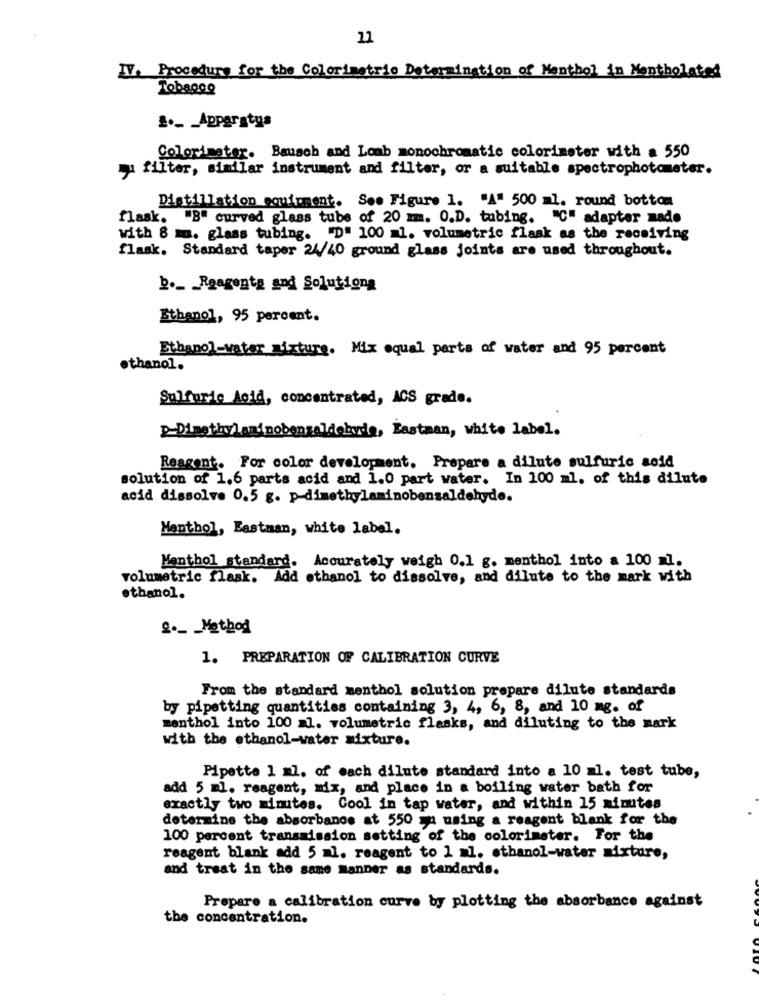
IV. Procedure for the Colorimetric Determination of Menthol in Mentholated
Tobagoe
£ ._ _ Apparatus
Colorimeter. Bausch and Lomb monochromatic colorimeter with a 550
yu filter, similar instrument and filter, or a suitable spectrophotometer.
Distillation equipment. See Figure 1. "A" 500 ml. round bottom
flask. "B" curved glass tube of 20 mm. O.D. tubing. "C" adapter made
with 8 m. glass tubing. "D" 100 =1. volumetric flask as the receiving
flask. Standard taper 24/40 ground glass joints are used throughout.
b ._ Rgagents and Solutiong
Ethanol, 95 percent.
Ethanol-water mixture. Mix equal parts of water and 95 percent
·thanol.
Sulfuric Acid, concentrated, ACS grade.
D-Dimethylaminobengaldebude, Eastman, white Label.
Reagent. For color development. Prepare a dilute sulfuric acid
solution of 1.6 parts acid and 1.0 part water. In 100 ml, of this dilute
acid dissolve 0.5 g. p-dimethylaminobenzaldehyde.
Menthol, Eastman, white label.
Menthol standard. Accurately weigh 0.1 g. menthol into a 100 ml.
volumetric flask. Add ethanol to dissolve, and dilute to the mark with
ethanol.
2 ._ _ Method
1. PREPARATION OF CALIBRATION CURVE
From the standard menthol solution prepare dilute standards
by pipetting quantities containing 3, 4, 6, 8, and 10 mg. of
menthol into 100 =1. volumetric flasks, and diluting to the mark
with the ethanol-vater mixture.
Pipette 1 ml. of each dilute standard into a 10 ml. test tube,
add 5 ml. reagent, mix, and place in a boiling water bath for
exactly two minutes. Cool in tap water, and within 15 minutes
determine the absorbance at 550 ya using a reagent blank for the
100 percent transmission setting of the colorimeter. For the
reagent blank add 5 ml. reagent to 1 ml, ethanol-water mixture,
and treat in the same Manner as standards.
Prepare a calibration curve by plotting the absorbance against
the concentration.